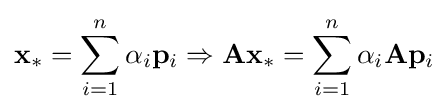
\mathbf {x} _{*}=\sum _{i=1}^{n}\alpha _{i}\mathbf {p} _{i}\Rightarrow \mathbf {A} \mathbf {x} _{*}=\sum _{i=1}^{n}\alpha _{i}\mathbf {A} \mathbf {p} _{i}